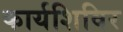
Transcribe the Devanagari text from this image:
कार्यशिविर